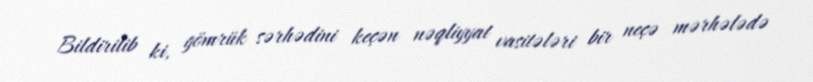
Bildirilib ki, gömrük sərhədini keçən nəqliyyat vasitələri bir neçə mərhələdə